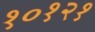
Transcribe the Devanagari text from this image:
१०१२१